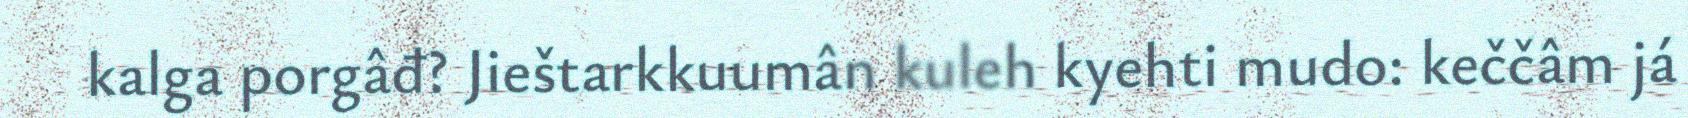
kalga porgâđ? Jieštarkkuumân kuleh kyehti mudo: keččâm já